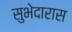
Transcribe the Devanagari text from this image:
सुभेदारास